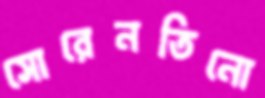
সোরেনতিনো